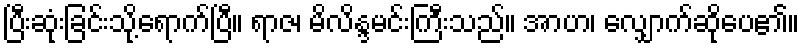
ပြီးဆုံးခြင်းသို့ရောက်ပြီ။ ရာဇ၊ မိလိန္ဒမင်းကြီးသည်။ အာဟ၊ လျှောက်ဆိုပေ၏။